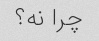
چرا نه؟